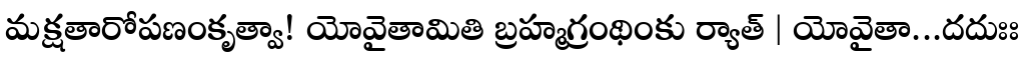
మక్షతారోపణంకృత్వా! యోవైతామితి బ్రహ్మగ్రంథింకు ర్యాత్ | యోవైతా...దదుఃః